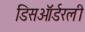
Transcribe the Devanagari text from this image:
डिसऑर्डरली